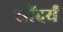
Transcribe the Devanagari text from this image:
सौंदर्यं